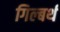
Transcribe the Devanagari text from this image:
गिल्बर्थ